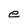
Character: e